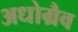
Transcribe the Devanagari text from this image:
अधोग्रैव